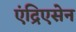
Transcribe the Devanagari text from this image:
एंद्रिएसेन